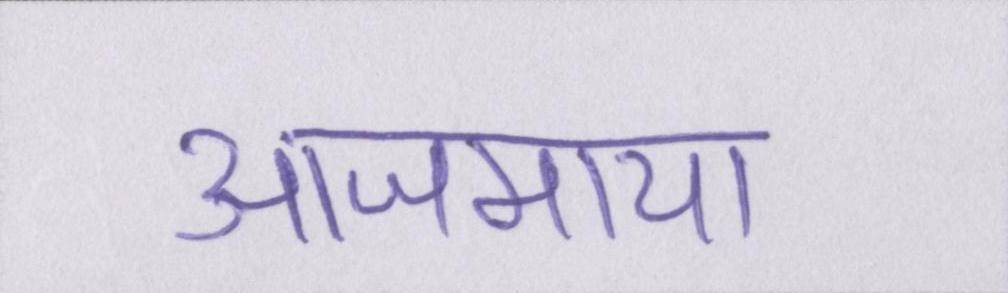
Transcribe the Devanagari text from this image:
आजमाया